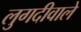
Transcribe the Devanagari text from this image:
लुगदीवाले